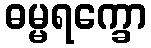
ဓမ္မရက္ခော